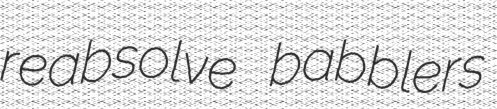
reabsolve babblers